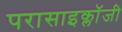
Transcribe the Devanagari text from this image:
परासाइक्लॉजी